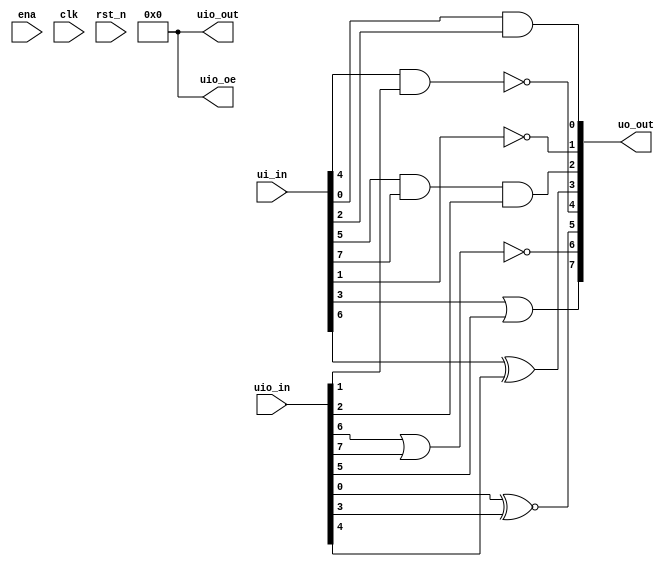
/*
 * Copyright (c) 2024 Fabio Ramirez Stern
 * SPDX-License-Identifier: Apache-2.0
 */

`define default_netname none

module tt_um_faramire_gate_guesser (
    input  wire [7:0] ui_in,    // Dedicated inputs  0 -> 7
    output wire [7:0] uo_out,   // Dedicated outputs 0 -> 7
    input  wire [7:0] uio_in,   // IOs: Input path   8 -> F
    output wire [7:0] uio_out,  // IOs: Output path  (not used)
    output wire [7:0] uio_oe,   // IOs: Enable path (active high: 0=input, 1=output)
    input  wire       ena,      // enable (not used)
    input  wire       clk,      // clock (not used)
    input  wire       rst_n     // reset_n - low to reset (not used)
);

  // All output pins must be assigned. If not used, assign to 0.
  assign uio_oe  = 0; // always in
  assign uio_out = 0;

  // [out] = [in1] OP [in2]

  // 0 = 0 AND 2
  assign uo_out[0] = ui_in[0] & ui_in[2];

  // 1 = NOT 1
  assign uo_out[1] = ~ui_in[1];

  // 2 = 5 AND 7 AND A
  assign uo_out[2] = ui_in[5] & ui_in[7] & uio_in[2];

  // 3 = 6 XOR C
  assign uo_out[3] = ui_in[6] ^ uio_in[4];
  
  // 4 = 4 NAND 9
  assign uo_out[4] = ui_in[4] ~& uio_in[1];
  
  // 5 = 8 XNOR B
  assign uo_out[5] = uio_in[0] ~^ uio_in[3];
  
  // 6 = E NOR F
  assign uo_out[6] = uio_in[6] ~| uio_in[7];
  
  // 7 = 3 OR D
  assign uo_out[7] = ui_in[3] | uio_in[5];

endmodule